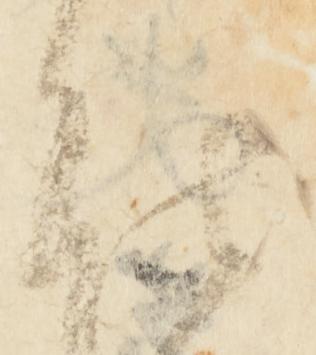
能